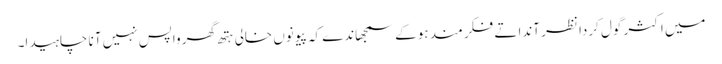
میں اکثر گول کردا نظر آندا تے فکر مند ہوکے سمجھاندے کہ پیو نوں خالی ہتھ گھر واپس نہیں آنا چاہیدا۔